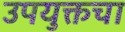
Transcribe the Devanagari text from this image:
उपयुक्तचा